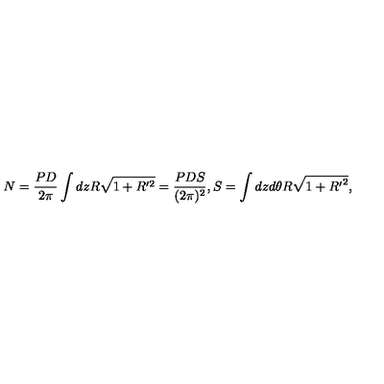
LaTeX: N = \frac { P D } { 2 \pi } \int d z R \sqrt { 1 + R ^ { \prime 2 } } = \frac { P D S } { ( 2 \pi ) ^ { 2 } } , S = \int d z d \theta R \sqrt { 1 + { R ^ { \prime } } ^ { 2 } } ,